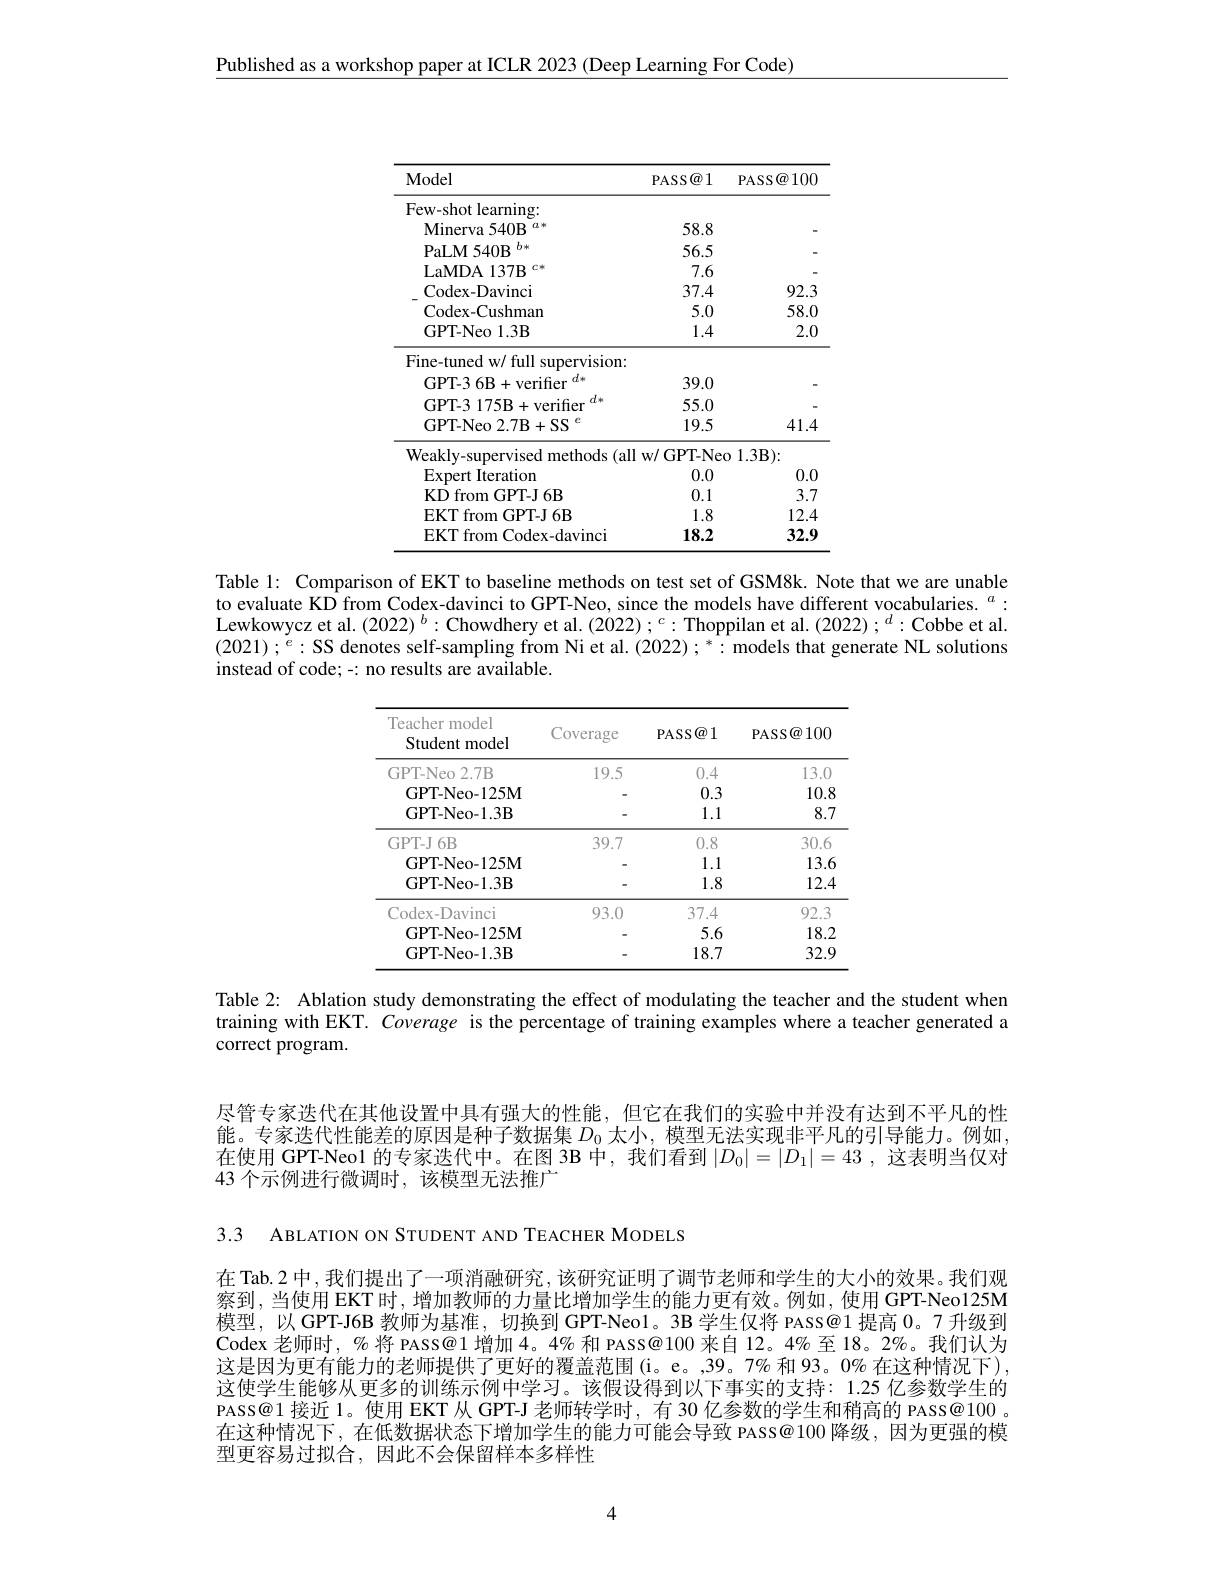
Published as a workshop paper at ICLR 2023 (Deep Learning For Code)

<table>
	<tbody>
		<tr>
			<th>Model</th>
			<th>PASS@ 1</th>
			<th>PASS@ 100</th>
		</tr>
		<tr>
			<td>Few-shot learning</td>
			<td> </td>
			<td> </td>
		</tr>
		<tr>
			<td>Minerva 540B $\textcircled{2}*$</td>
			<td>58.8</td>
			<td> </td>
		</tr>
		<tr>
			<td>$b_{*}$ $PaLM540B$</td>
			<td>56.5</td>
			<td> </td>
		</tr>
		<tr>
			<td>LaMDA 137B $C\neq$</td>
			<td>7.6</td>
			<td> </td>
		</tr>
		<tr>
			<td>Codex- Davinci</td>
			<td>37.4</td>
			<td>92.3</td>
		</tr>
		<tr>
			<td>Codex- Cushman</td>
			<td>5.0</td>
			<td>58.0</td>
		</tr>
		<tr>
			<td>GPT-Neo 1.3B</td>
			<td>1.4</td>
			<td>2.0</td>
		</tr>
		<tr>
			<td>Fine-tuned w/ full supervision:</td>
			<td> </td>
			<td> </td>
		</tr>
		<tr>
			<td>$d_{+}$ GPT- 3 6B+ verifier</td>
			<td>39.0</td>
			<td> </td>
		</tr>
		<tr>
			<td>$d_{*}$ GPT-3 175B 3+verifier</td>
			<td>55.0</td>
			<td> </td>
		</tr>
		<tr>
			<td>GPT- Neo 2. 7B+ SS</td>
			<td>19.5</td>
			<td>41.4</td>
		</tr>
		<tr>
			<td>Weakly-supervised methods (al</td>
			<td>$W/($ GPT- Ne 1</td>
			<td>1.3B): </td>
		</tr>
		<tr>
			<td>Expert Iteration</td>
			<td>0.0</td>
			<td>0.0</td>
		</tr>
		<tr>
			<td>KD from GPT-J 6B</td>
			<td>0.1</td>
			<td>3.7</td>
		</tr>
		<tr>
			<td>EKT from GPT-J 6B</td>
			<td>1.8</td>
			<td>12.4</td>
		</tr>
		<tr>
			<td>EKT from Codex-davinci</td>
			<td>18.2</td>
			<td>32.9</td>
		</tr>
	</tbody>
</table>

Table 1: Comparison of EKT to baseline methods on test set of GSM8k. Note that we are unable to evaluate KD from Codex-davinci to GPT-Neo, since the models have different vocabularies. $^a:$ Lewkowycz et al. (2022) $^b:\text{Chowdheryetal.(2022);}^c:\text{Thoppilanetal.(2022);}^d:$Cobbe et al. $$(2021);^{e}:$SS denotes self-sampling from Ni et al.(2022);^{*}:$models that generate NL solutions instead of code; -: no results are available.

<table>
	<tbody>
		<tr>
			<th>Teacher model Student model</th>
			<th>Coverage</th>
			<th>PASS@ 1</th>
			<th>PASS@ 100</th>
		</tr>
		<tr>
			<td>GPT-Neo 2.7B</td>
			<td>19.5</td>
			<td>0.4</td>
			<td>13.0</td>
		</tr>
		<tr>
			<td>GPT-Neo-125M</td>
			<td> </td>
			<td>0.3</td>
			<td>10.8</td>
		</tr>
		<tr>
			<td>GPT-Neo-1.3B</td>
			<td> </td>
			<td>1.1</td>
			<td>8.7</td>
		</tr>
		<tr>
			<td>GPT-J6B</td>
			<td>39.7</td>
			<td>0.8</td>
			<td>30.6</td>
		</tr>
		<tr>
			<td>GPT-Neo-125M</td>
			<td> </td>
			<td>1.1</td>
			<td>13.6</td>
		</tr>
		<tr>
			<td>GPT- Neo- 1. 3B</td>
			<td> </td>
			<td>1.8</td>
			<td>12.4</td>
		</tr>
		<tr>
			<td>Codex-Davinci</td>
			<td>93.0</td>
			<td>37.4</td>
			<td>92.3</td>
		</tr>
		<tr>
			<td>GPT-Neo-125M</td>
			<td> </td>
			<td>5.6</td>
			<td>18.2</td>
		</tr>
		<tr>
			<td>GPT-Neo-1.3B</td>
			<td> </td>
			<td>18.7</td>
			<td>32.9</td>
		</tr>
	</tbody>
</table>

Table 2: Ablation study demonstrating the effect of modulating the teacher and the student when training with EKT. Coverage is the percentage of training examples where a teacher generated a correct program.

尽管专家迭代在其他设置中具有强大的性能，但它在我们的实验中并没有达到不平凡的性能。专家迭代性能差的原因是种子数据集$D_0$太小，模型无法实现非平凡的引导能力。例如， 在使用 GPT-Neol 的专家迭代中。在图 3B 中，我们看到$|D_0|=|D_1|=43$ ,这表明当仅对43 个示例进行微调时，该模型无法推广

3.3 ABLATION ON STUDENT AND TEACHER MODELS

在 Tab. 2 中 , 我们提出了一项消融研究，该研究证明了调节老师和学生的大小的效果。我们观察到，当使用 EKT 时，增加教师的力量比增加学生的能力更有效。例如，使用 GPT-Neo125M 模型，以 GPT-J6B 教师为基准，切换到 GPT-Neo1。3B 学生仅将 PASS@1 提高 0。7 升级到Codex 老师时，% 将 PASS@1增加 4。4% 和 PASS@100 来自 12。4% 至 18。2%。我们认为这是因为更有能力的老师提供了更好的覆盖范围(i。e。,39。7% 和 93。0% 在这种情况下), 这使学生能够从更多的训练示例中学习。该假设得到以下事实的支持：1.25 亿参数学生的PASS@1 接近 1。使用 EKT 从 GPT-J 老师转学时，有 30 亿参数的学生和稍高的 PASS@100 。在这种情况下，在低数据状态下增加学生的能力可能会导致 PASS@100 降级，因为更强的模型更容易过拟合，因此不会保留样本多样性

4